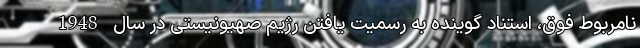
نامربوط فوق، استناد گوینده به رسمیت یافتن رژیم صهیونیستی در سال 1948